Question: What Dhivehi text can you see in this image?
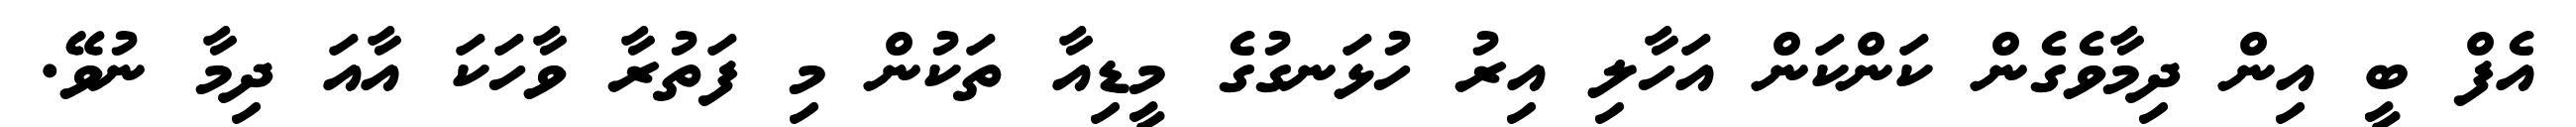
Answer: އެފް ބީ އިން ދިމާވެގެން ކަންކަން އަހާލި އިރު ހުޅަނގުގެ މީޑިއާ ތަކުން މި ފަތުރާ ވާހަކަ އާއަ ދިމާ ނުވޭ.